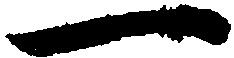
一